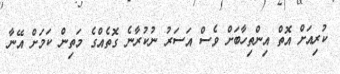
ކުރިއަށް އޮތް އިންތިހާބަށް ވެސް އަސަރު ނުކުރާނެ ގޮތެއްގެ މަތިން ކަމަށް އޭނާ